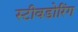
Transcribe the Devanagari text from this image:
स्टीवडोरिंग